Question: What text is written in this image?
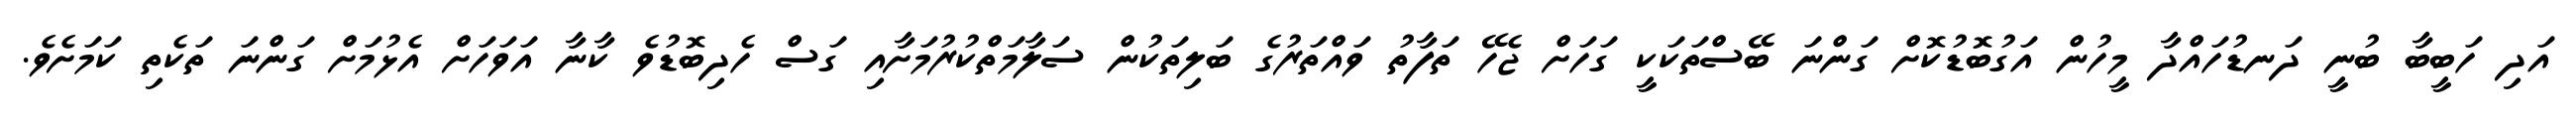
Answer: އަދި ހަބީބާ ބުނީ ދަނޑުހައްދާ މީހުން އަގުބޮޑުކޮށް ގަންނަ ބޭސްތަކަކީ ގަހަށް ޖެހޭ ތަފާތު ވައްތަރުގެ ބަލިތަކުން ސަލާމަތްކުރުމަށާއި ގަސް ހެދިބޮޑުވެ ކާނާ އަވަހަށް އެޅުމަށް ގަންނަ ތަކެތި ކަމަށެވެ.